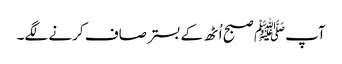
آپﷺ صبح اُٹھ کے بستر صاف کرنے لگے۔